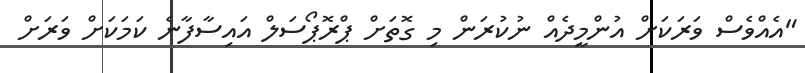
"އެއްވެސް ވަރަކަށް އުންމީދެއް ނުކުރަން މި ގޮތަށް ޕްރޮޕޯސަލް އައިސާފާނެ ކަމަކަށް ވަރަށް